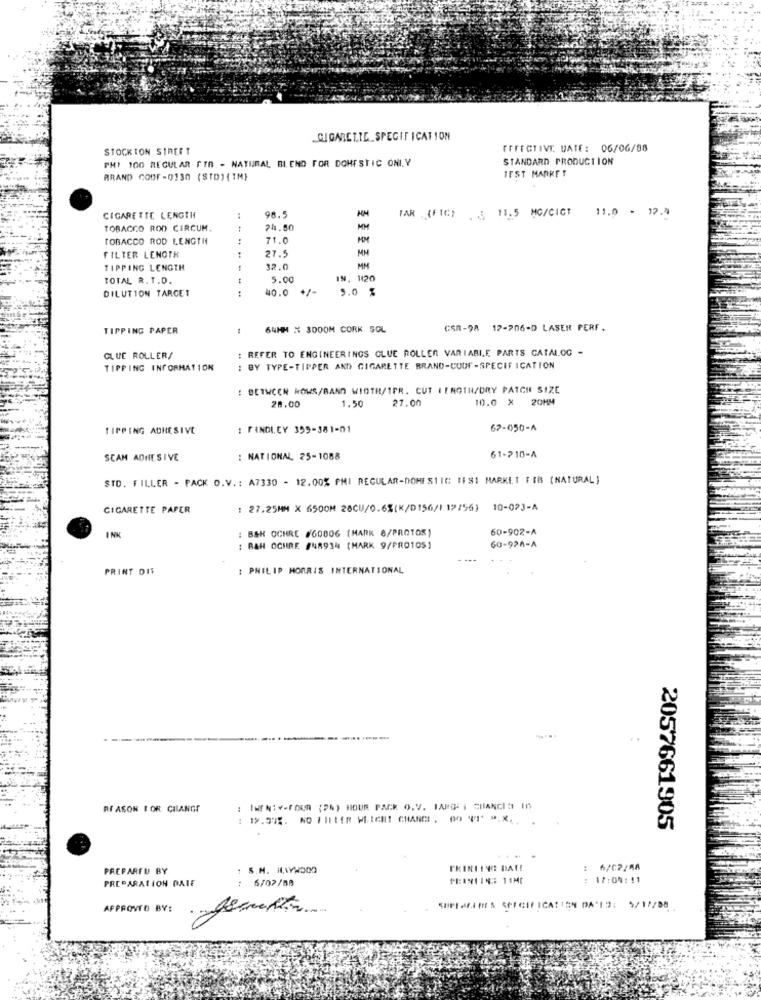
CIGARETTE SPECIFICATION
STOCKTON STREET
EFFECTIVE DATE: 06/06/88
PHI 100 REGULAR FTA - NATURAL BLEND FOR DOMESTIC ONLY
STANDARD PRODUCTION
BRAND COOF-0130 (STD) {IM)
IFST MARKET
98.5
11.0 - 12.4
CIGARETTE LENGTH
FAR (FIC) 3 11.5 MG/CICT
TOBACCO ROD CIRCUM.
24.00
MM
TOBACCO ROD LENGTH
71.0
MM
27.5
FILTER LENGTH
MN
TIPPING LENGTH
32.0
MM
TOTAL R. T.D.
5.00
I9. 120
DILUTION TARGET
40.0
5.0 %
TIPPING PAPER
64MM X 3000M CORK SOL
CAR-98 17-706-D LASER PERF.
: REFER TO ENGINEERINGS CLUE ROLLEN VARIABLE PARTS CATALOG -
GLUC ROLLER/
TIPPING INFORMATION
: BY TYPE-TIPPER AND CIGARETTE BRAND-CUDF-SPECIFICATION
BETWEEN KOWS/BAND WIDTH/1FR. CUT I ENGTH/DRY PATCH SIZE
1.50
27.00
10.0 X 20MM
28.00
TIPPING ADHESIVE
: FINDI.CY 399-381-01
62-050-A
61-210-A
SCAM ADHESIVE
: NATIONAL, 25-1088
STO. FILLER - PACK O.V .: A7330 - 12.00% PMI REGULAR-DOMESTIC [IS] MARKET FEB [NATURAL]
CIGARETTE PAPER
: 27.25MM X 6500M 28CU/0.6%(K/D156/1 12/56) 10-023-A
: B&H OCHRE #60006 (MARK 8/PROTO5)
60-902-A
INK
: BAH OCHRE #48934 (MARK 9/PRO105)
60-92A-A
PRINT DIT
: PHILIP MORRIS INTERNATIONAL
..
REASON FOR CILANGE
: TWENTY-FOUR (PN) HOUR PACK O.V. HARD- I CHANGES IN
2057661905
PREPAREU BY
: S.M. HAYWOOD
6/C?/88
PREPARATION DATE
: 6/02/88
PERNIINS 11ME
17:04:11
APPROVED BY:
SOPIMMEINES SPECIFICATION DA'ID: 5/12/88